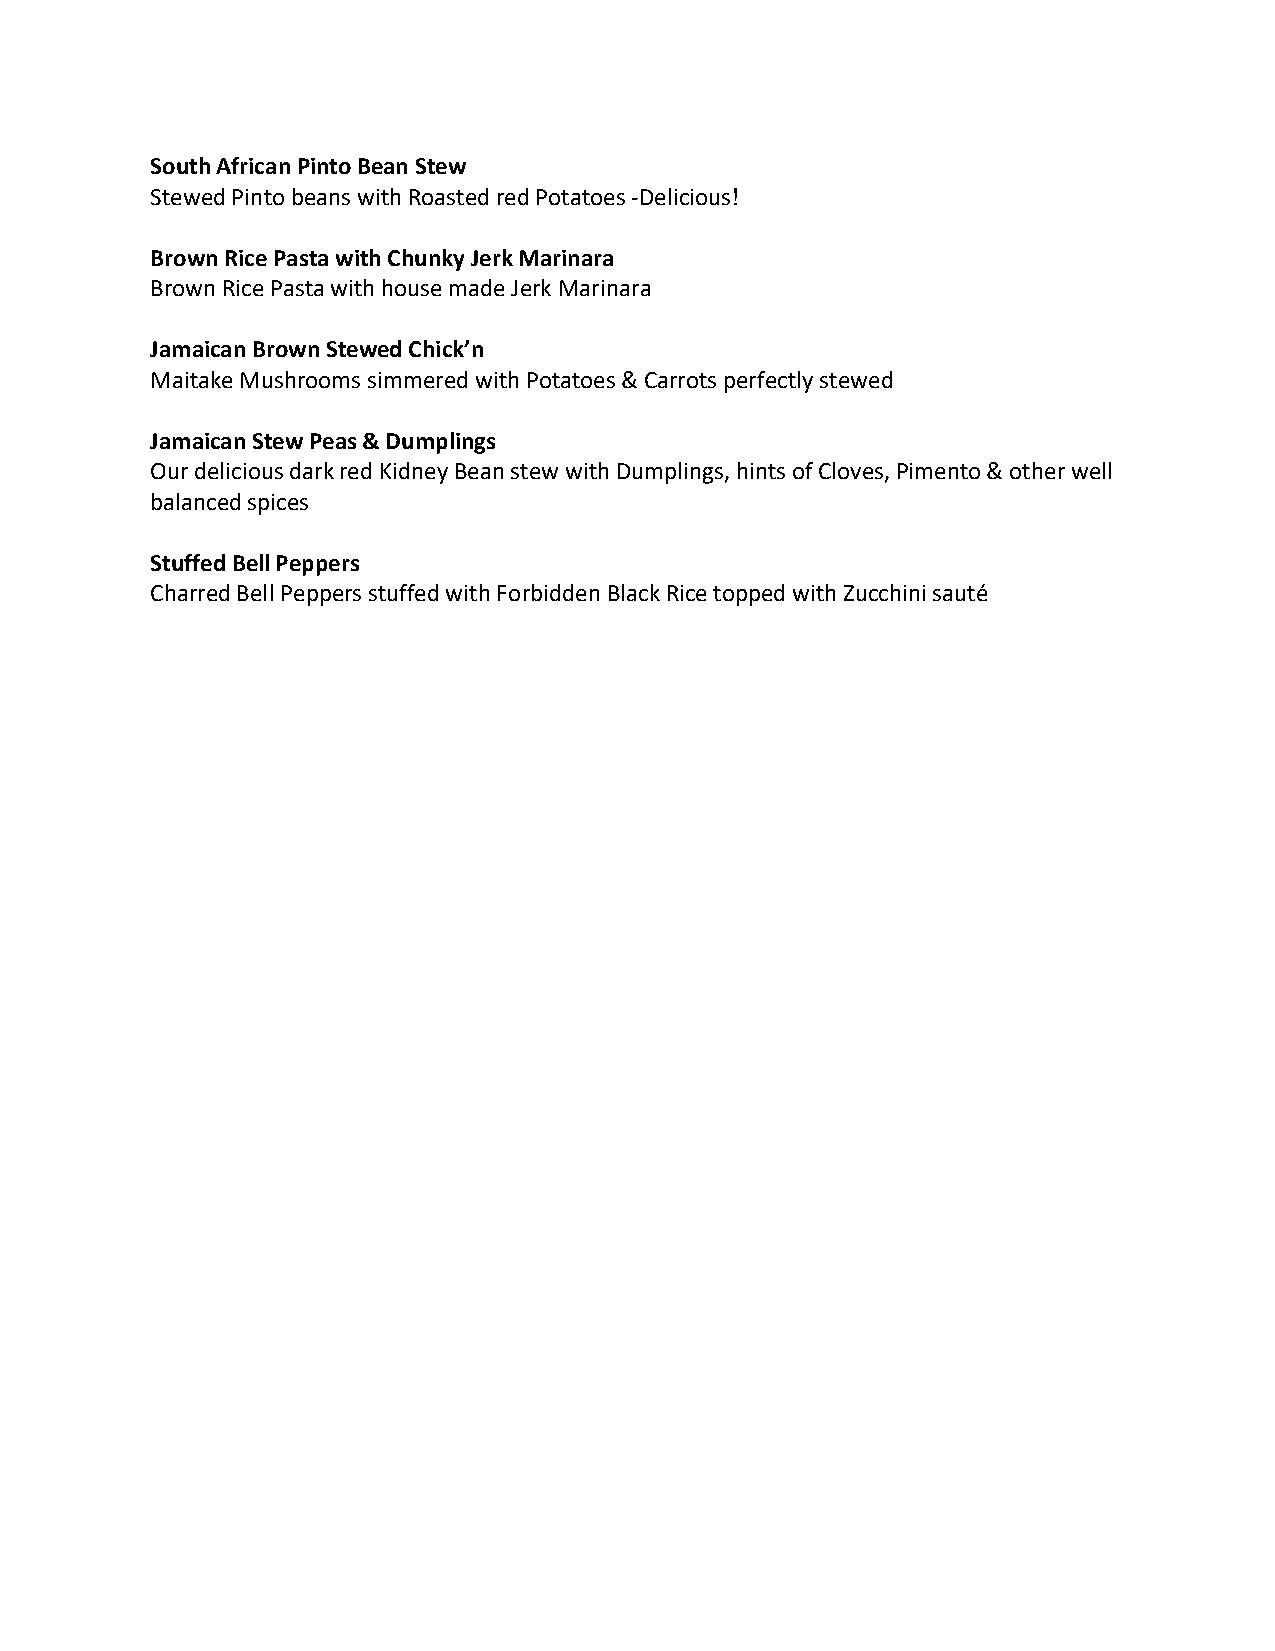
South African Pinto Bean Stew
 Stewed Pinto beans with Roasted red Potatoes -Delicious!
 Brown Rice Pasta with Chunky Jerk Marinara
 Brown Rice Pasta with house made Jerk Marinara
 Jamaican Brown Stewed Chick’n
 Maitake Mushrooms simmered with Potatoes & Carrots perfectly stewed
 Jamaican Stew Peas & Dumplings
 Our delicious dark red Kidney Bean stew with Dumplings, hints of Cloves, Pimento & other well
 balanced spices
 Stuffed Bell Peppers
 Charred Bell Peppers stuffed with Forbidden Black Rice topped with Zucchini sauté